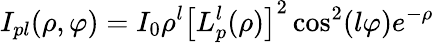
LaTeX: I_{pl}(\rho,\varphi)=I_{0}\rho^{l}\left[L_{p}^{l}(\rho)\right]^{2}\cos^{2}(l\varphi)e^{-\rho}